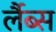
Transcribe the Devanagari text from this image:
र्लैब्स